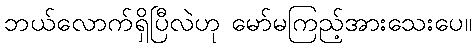
ဘယ်လောက်ရှိပြီလဲဟု မော်မကြည့်အားသေးပေ။